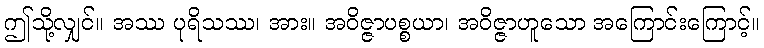
ဤသို့လျှင်။ အဿ ပုရိသဿ၊ အား။ အဝိဇ္ဇာပစ္စယာ၊ အဝိဇ္ဇာဟူသော အကြောင်းကြောင့်။